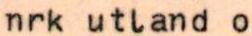
nrk utland o